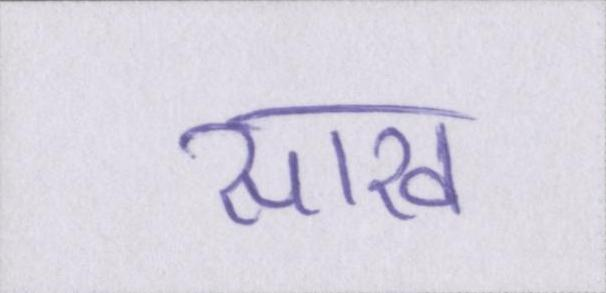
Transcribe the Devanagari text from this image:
साख